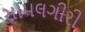
સામલગીરી